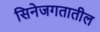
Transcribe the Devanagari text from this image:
सिनेजगतातील